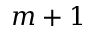
m + 1